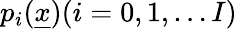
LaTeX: p_{i}(\underline{{x}})(i=0,1,\dots I)